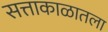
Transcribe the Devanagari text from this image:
सत्ताकाळातला